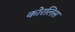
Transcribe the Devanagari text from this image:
कोरलिस